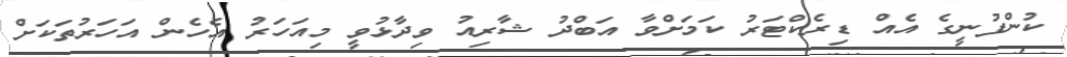
ކުންފުނީގެ އެއް ޑިރެކްޓަރު ކަމަށްވާ އަބްދު ޝާރިއު ވިދާޅުވީ މިއަހަރު އެހެން އަހަރުތަކަށް